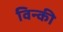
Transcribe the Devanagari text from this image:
विन्की